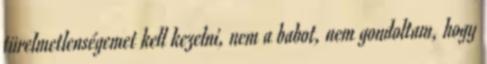
türelmetlenségemet kell kezelni, nem a babot, nem gondoltam, hogy